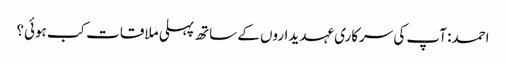
احمد: آپ کی سرکاری عہدیداروں کے ساتھ پہلی ملاقات کب ہوئی؟